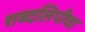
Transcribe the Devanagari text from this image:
शब्दलिपीचा